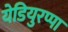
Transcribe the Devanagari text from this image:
येडियुरप्पा